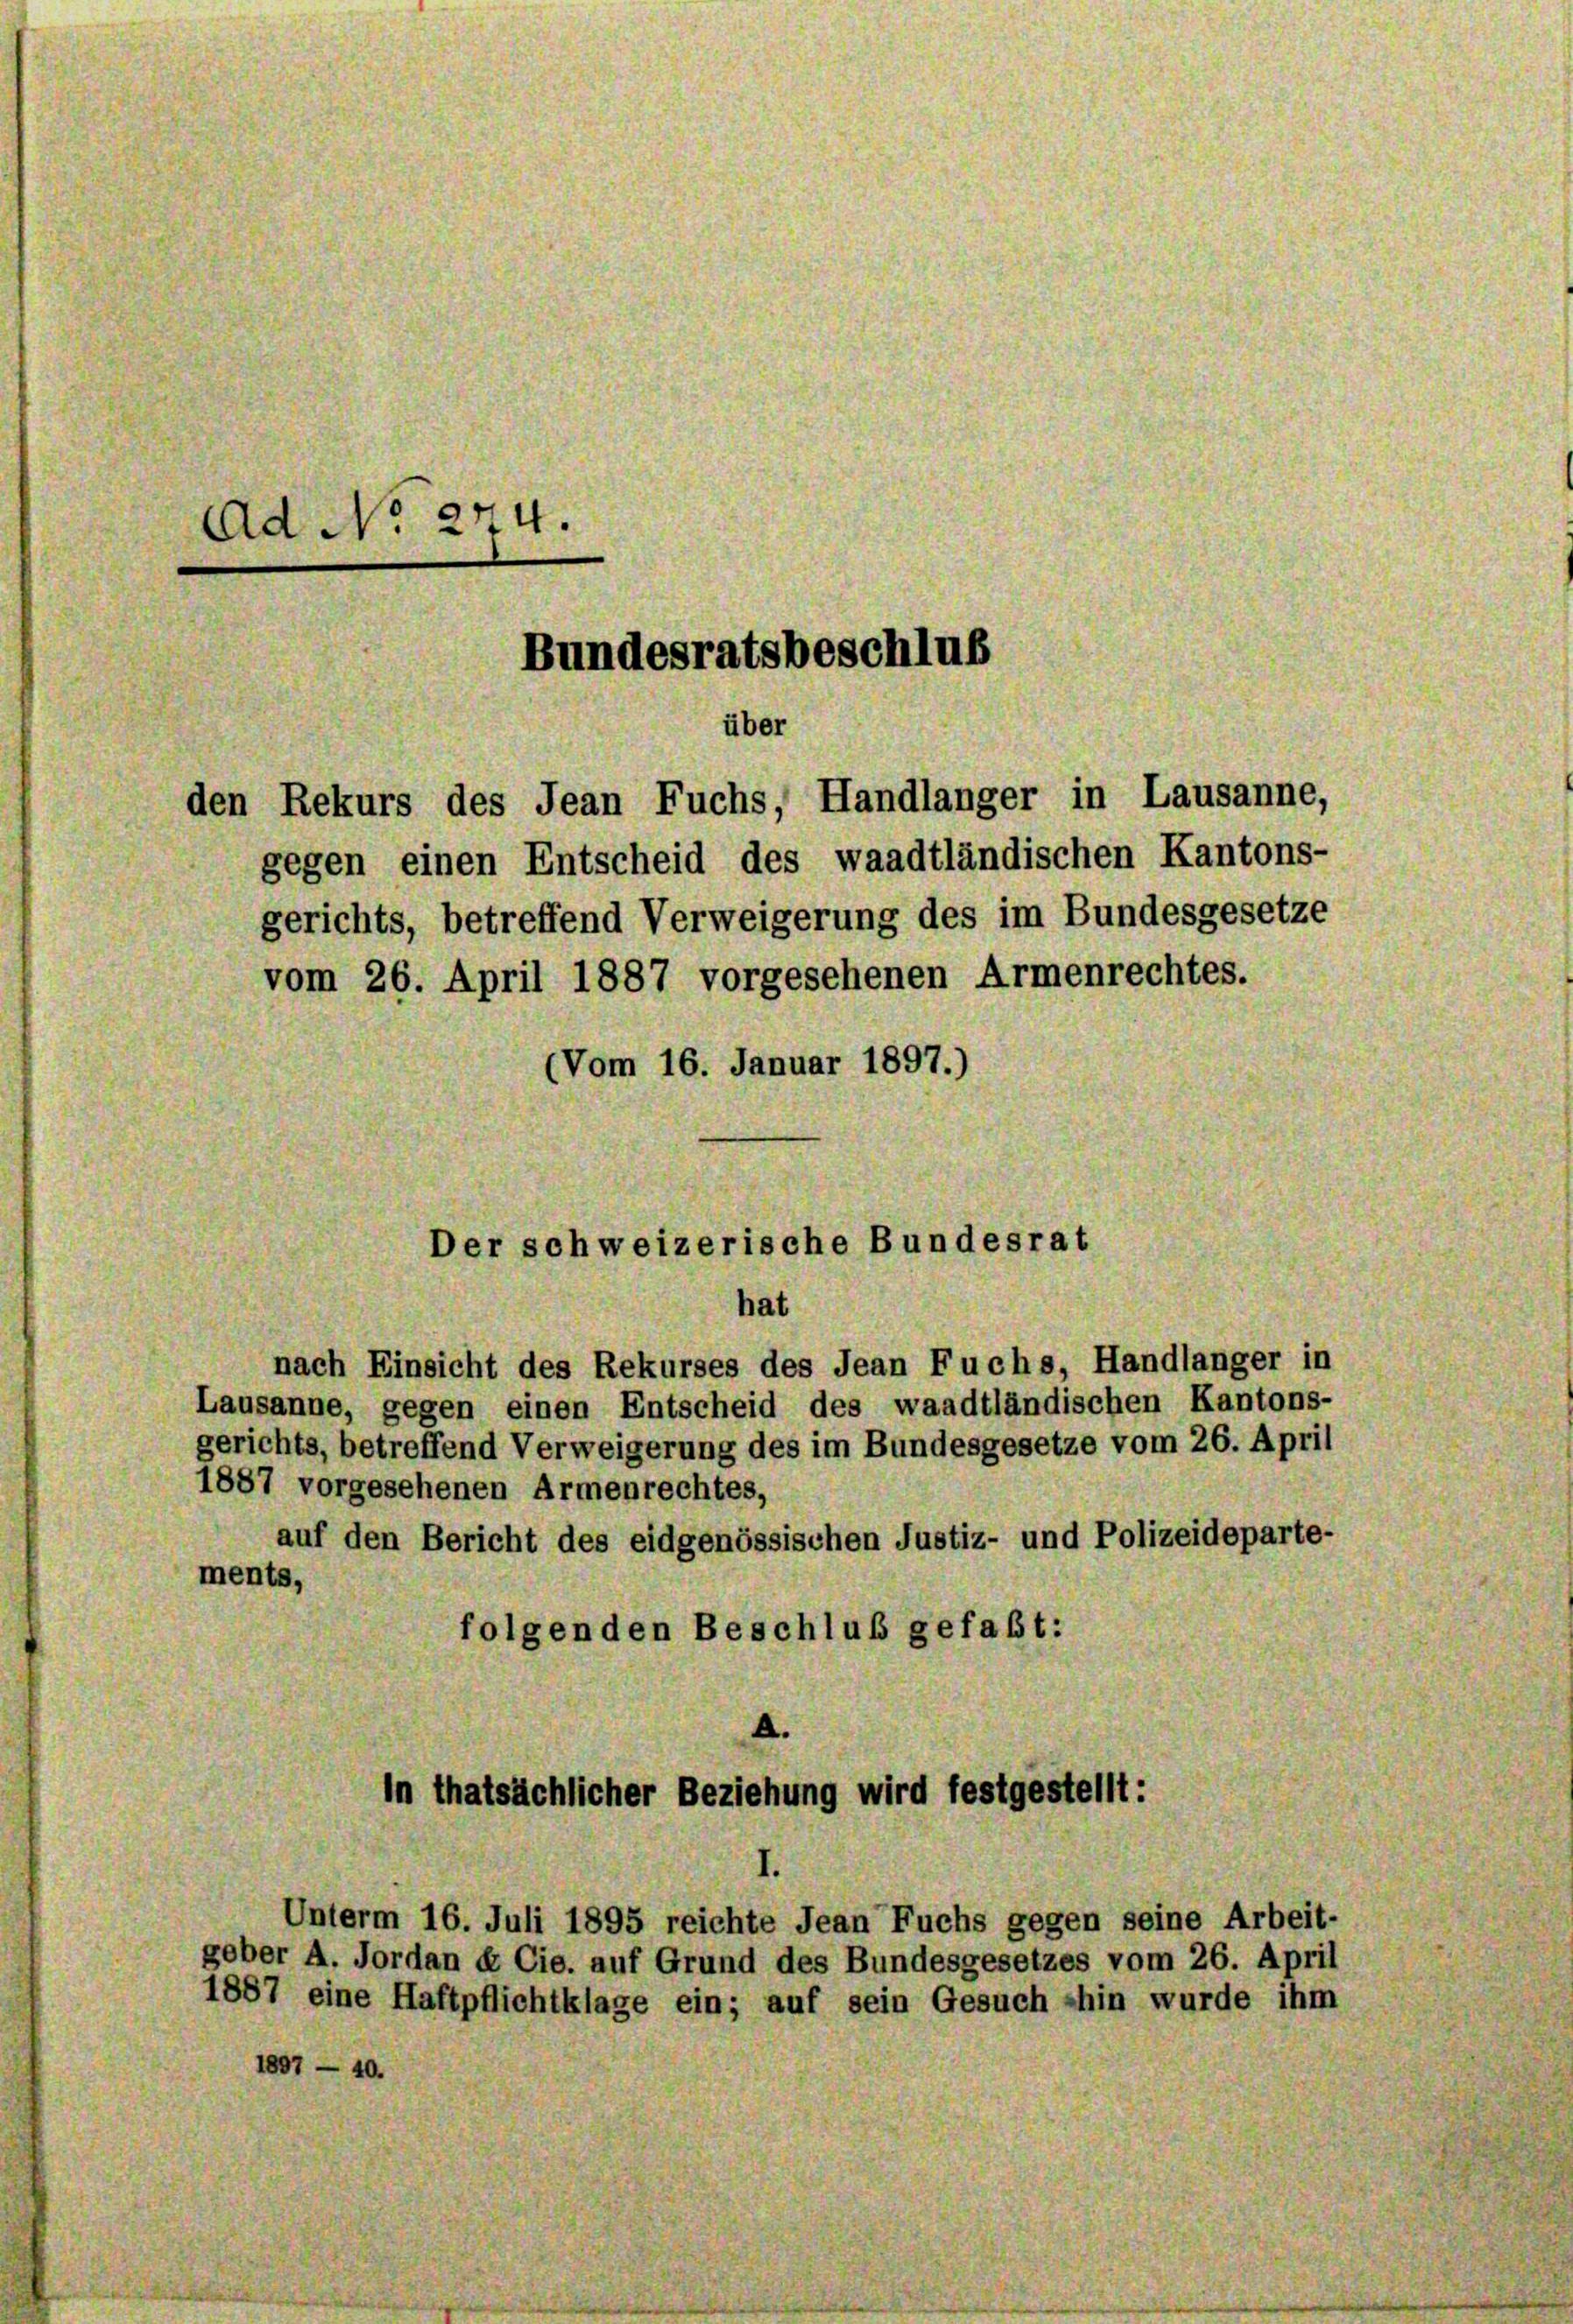
Ad No. 274.
Bundesratsbeschluß

(Vom 16. Januar 1897.)

nach Einsicht des Rekurses des Jean Fuchs, Handlanger in
Lausanne, gegen einen Entscheid des waadtländischen Kantons-
gerichts, betreffend Verweigerung des im Bundesgesetze vom 26. April
1887 vorgesehenen Armenrechtes,
auf den Bericht des eidgenössischen Justiz- und Polizeideparte-
ments,
folgenden Beschluß gefaßt:
.

1897 — 40.

über

den Rekurs des Jean Fuchs, Handlanger in Lausanne,
gegen einen Entscheid des waadtländischen Kantons-
gerichts, betreffend Verweigerung des im Bundesgesetze
vom 26. April 1887 vorgesehenen Armenrechtes.

Unterm 16. Juli 1895 reichte Jean Fuchs gegen seine Arbeit-

Der schweizerische Bundesrat
hat

In thatsächlicher Beziehung wird festgestellt:

geber A. Jordan & Cie. auf Grund des Bundesgesetzes vom 26. April
1887 eine Haftpflichtklage ein; auf sein Gesuch »hin wurde ihm